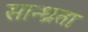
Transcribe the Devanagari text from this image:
सान्ध्रता